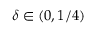
\delta \in ( 0 , 1 / 4 )